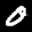
Label: 0